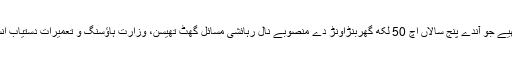
28 نومبر (اے پی پی) وزیراعظم عمران خان آکھیے جو آندے پنج سالاں اچ 50 لکھ گھربنڑاونڑ دے منصوبے نال رہائشی مسائل گھٹ تھیسن، وزارت ہاﺅسنگ و تعمیرات دستیاب انسانی وسائل استعمال کرنڑدا جامع منصوبہ ڈیوے۔